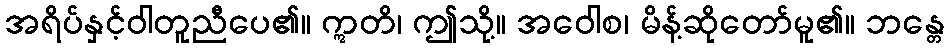
အရိပ်နှင့်ဝါတူညီပေ၏။ ဣတိ၊ ဤသို့။ အဝေါစ၊ မိန့်ဆိုတော်မူ၏။ ဘန္တေ